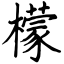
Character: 檬